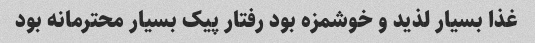
غذا بسیار لذید و خوشمزه بود رفتار پیک بسیار محترمانه بود